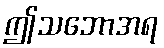
ဤသဘောအရ